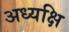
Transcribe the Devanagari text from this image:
अध्यक्षि